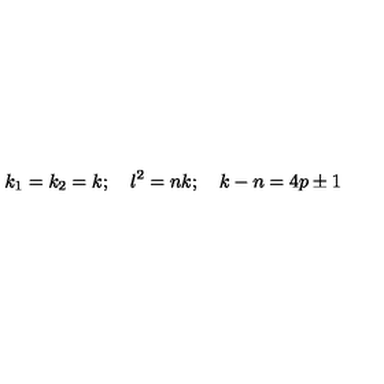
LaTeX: k _ { 1 } = k _ { 2 } = k ; \quad l ^ { 2 } = n k ; \quad k - n = 4 p \pm 1